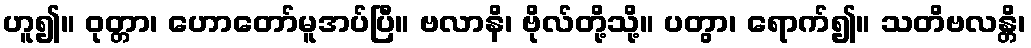
ဟူ၍။ ဝုတ္တာ၊ ဟောတော်မူအပ်ပြီ။ ဗလာနိ၊ ဗိုလ်တို့သို့။ ပတွာ၊ ရောက်၍။ သတိဗလန္တိ၊